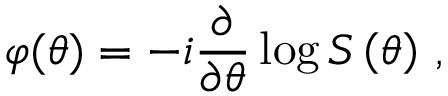
\varphi ( \theta ) = - i \frac { \partial } { \partial \theta } \log S \left( \theta \right) \, ,